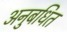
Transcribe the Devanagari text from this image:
अनुबधित